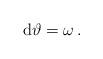
LaTeX: \begin{align*}{\rm d}\vartheta=\omega\, .\end{align*}